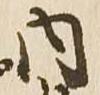
内